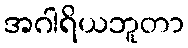
အဂါရိယဘူတာ